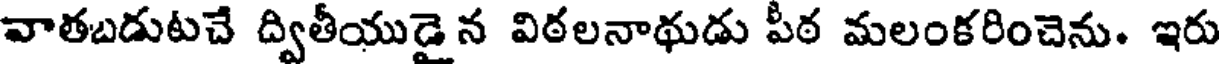
వాతబడుటచే ద్వితీయుడై న విఠలనాథుడు పీఠ మలంకరించెను. ఇరు